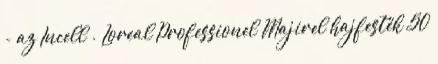
- az Incell . Loreal Professionel Majirel hajfesték 50